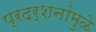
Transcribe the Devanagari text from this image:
प्रदर्शनांमुळे